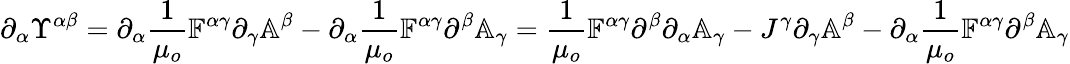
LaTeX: \partial_{\alpha}\Upsilon^{\alpha\beta}=\partial_{\alpha}\frac{1}{\mu_{o}}\mathbb{F}^{\alpha\gamma}\partial_{\gamma}\mathbb{A}^{\beta}-\partial_{\alpha}\frac{1}{\mu_{o}}\mathbb{F}^{\alpha\gamma}\partial^{\beta}\mathbb{A}_{\gamma}=\frac{1}{\mu_{o}}\mathbb{F}^{\alpha\gamma}\partial^{\beta}\partial_{\alpha}\mathbb{A}_{\gamma}-J^{\gamma}\partial_{\gamma}\mathbb{A}^{\beta}-\partial_{\alpha}\frac{1}{\mu_{o}}\mathbb{F}^{\alpha\gamma}\partial^{\beta}\mathbb{A}_{\gamma}